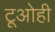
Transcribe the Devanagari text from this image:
टूओही